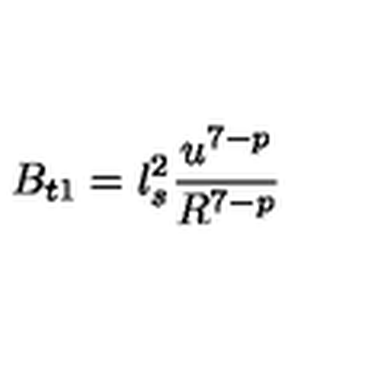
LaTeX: B _ { t 1 } = l _ { s } ^ { 2 } \frac { u ^ { 7 - p } } { R ^ { 7 - p } }